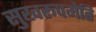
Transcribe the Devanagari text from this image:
सुखरूपमेति